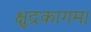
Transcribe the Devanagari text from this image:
क्षुद्रकागम।